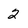
Character: 2